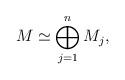
LaTeX: \begin{align*}M \simeq \bigoplus_{j=1}^n M_j,\end{align*}